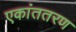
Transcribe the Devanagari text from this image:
एकांततरण